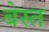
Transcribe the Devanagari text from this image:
बेस्त